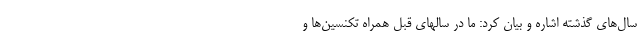
سال‌های گذشته اشاره و بیان کرد: ما در سالهای قبل همراه تکنسین‌ها و